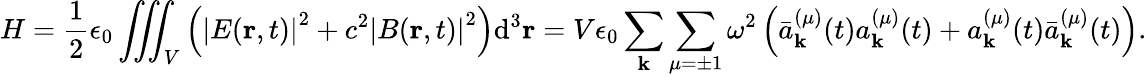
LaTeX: H={\frac{1}{2}}\epsilon_{0}\iiint_{V}{\left({{\left|E(\mathbf{r},t)\right|}^{2}}+{{c}^{2}}{{\left|B(\mathbf{r},t)\right|}^{2}}\right)}{{\mathrm{d}}^{3}}\mathbf{r}=V\epsilon_{0}\sum_{\mathbf{k}}\sum_{\mu=\pm 1}\omega^{2}\left({\bar{a}}_{\mathbf{k}}^{(\mu)}(t)a_{\mathbf{k}}^{(\mu)}(t)+a_{\mathbf{k}}^{(\mu)}(t){\bar{a}}_{\mathbf{k}}^{(\mu)}(t)\right).